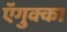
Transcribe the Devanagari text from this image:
ऍगुक्का